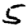
Digit: 5